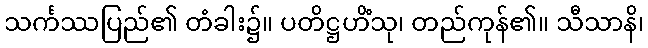
သင်္ကဿပြည်၏ တံခါး၌။ ပတိဋ္ဌဟိံသု၊ တည်ကုန်၏။ သီသာနိ၊